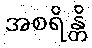
အစရိန္တိ